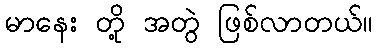
မာနေး တို့ အတွဲ ဖြစ်လာတယ်။